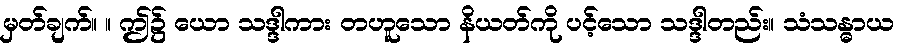
မှတ်ချက်။ ။ ဤ၌ ယော သဒ္ဒါကား တဟူသော နိယတ်ကို ပင့်သော သဒ္ဒါတည်း။ သံသန္ဓာယ